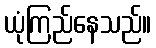
ယုံကြည်နေသည်။